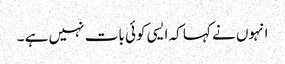
انہوں نے کہا کہ ایسی کوئی بات نہیں ہے ۔